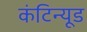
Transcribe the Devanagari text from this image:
कंटिन्यूड